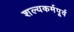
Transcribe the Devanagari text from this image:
शल्यकर्मपूर्व